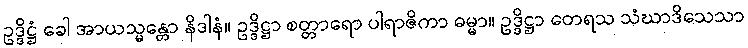
ဥဒ္ဒိဋ္ဌံ ခေါ အာယသ္မန္တော နိဒါနံ။ ဥဒ္ဒိဋ္ဌာ စတ္တာရော ပါရာဇိကာ ဓမ္မာ။ ဥဒ္ဒိဋ္ဌာ တေရသ သံဃာဒိသေသာ